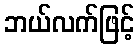
ဘယ်လက်ဖြင့်